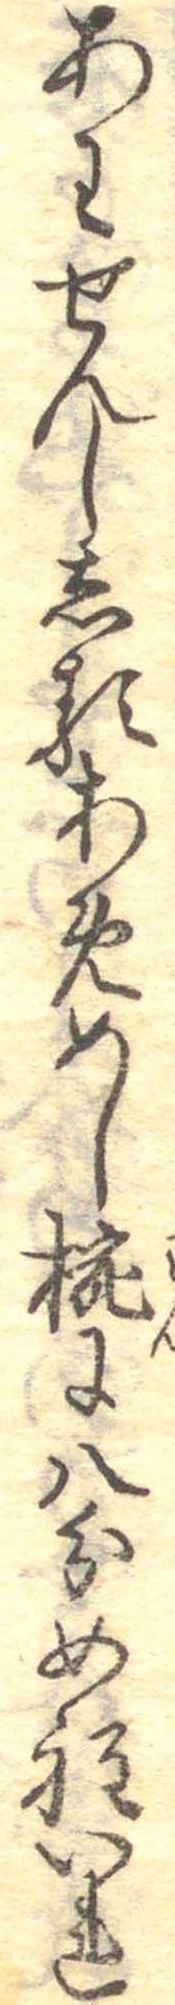
あわせんししるあめめし椀に八分め程いれ